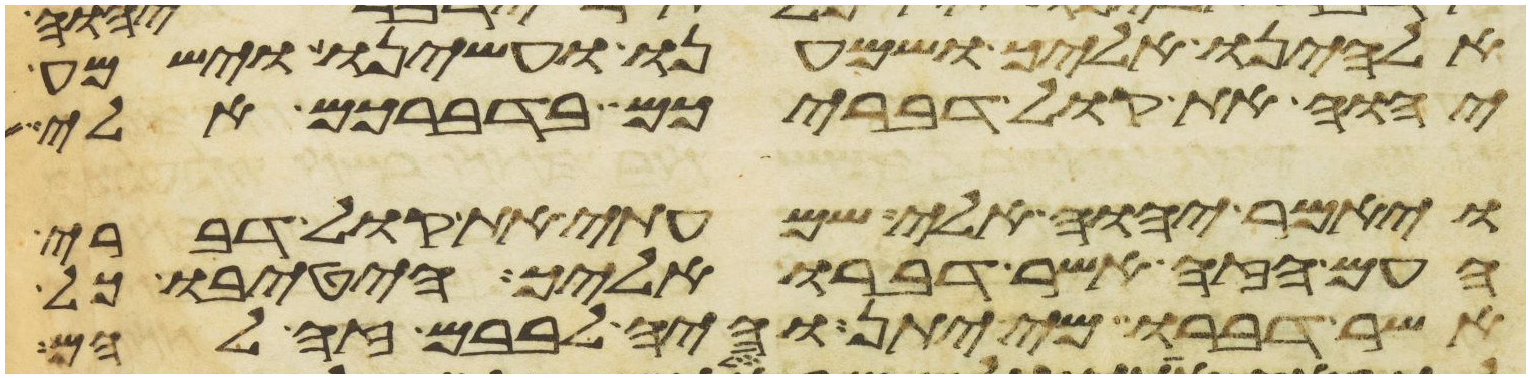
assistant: אלהינו אליך ושמענו ועשינו וישמע
יהוה את קול דבריכם בדברכם אלי
ויאמר יהוה אלי שמעתי את קול דברי
העם הזה אשר דברו אליך הטיבו כל
אשר דברו מי יתן והיה לבבם זה להם